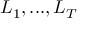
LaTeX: L _ { 1 } , . . . , L _ { T }